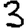
Digit: 3